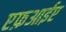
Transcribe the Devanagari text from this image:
एफ़आईए